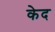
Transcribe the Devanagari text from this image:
केद